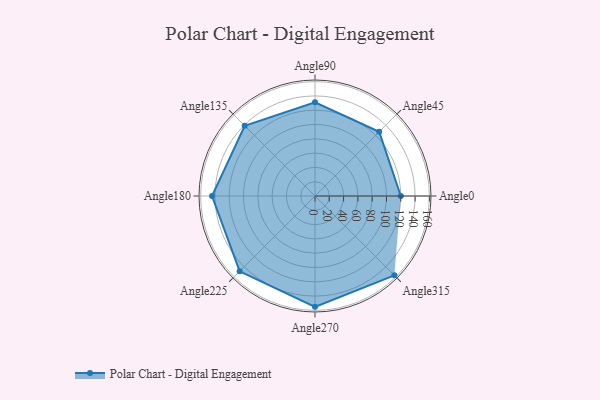
{"axis": {"x": "Angle", "y": "Radius"}, "legend": [""], "data": [{"x": "Angle0", "y": 120.0, "type": ""}, {"x": "Angle45", "y": 127.0, "type": ""}, {"x": "Angle90", "y": 131.0, "type": ""}, {"x": "Angle135", "y": 139.0, "type": ""}, {"x": "Angle180", "y": 144.0, "type": ""}, {"x": "Angle225", "y": 149.0, "type": ""}, {"x": "Angle270", "y": 155.0, "type": ""}, {"x": "Angle315", "y": 157.0, "type": ""}]}